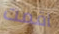
اقمت